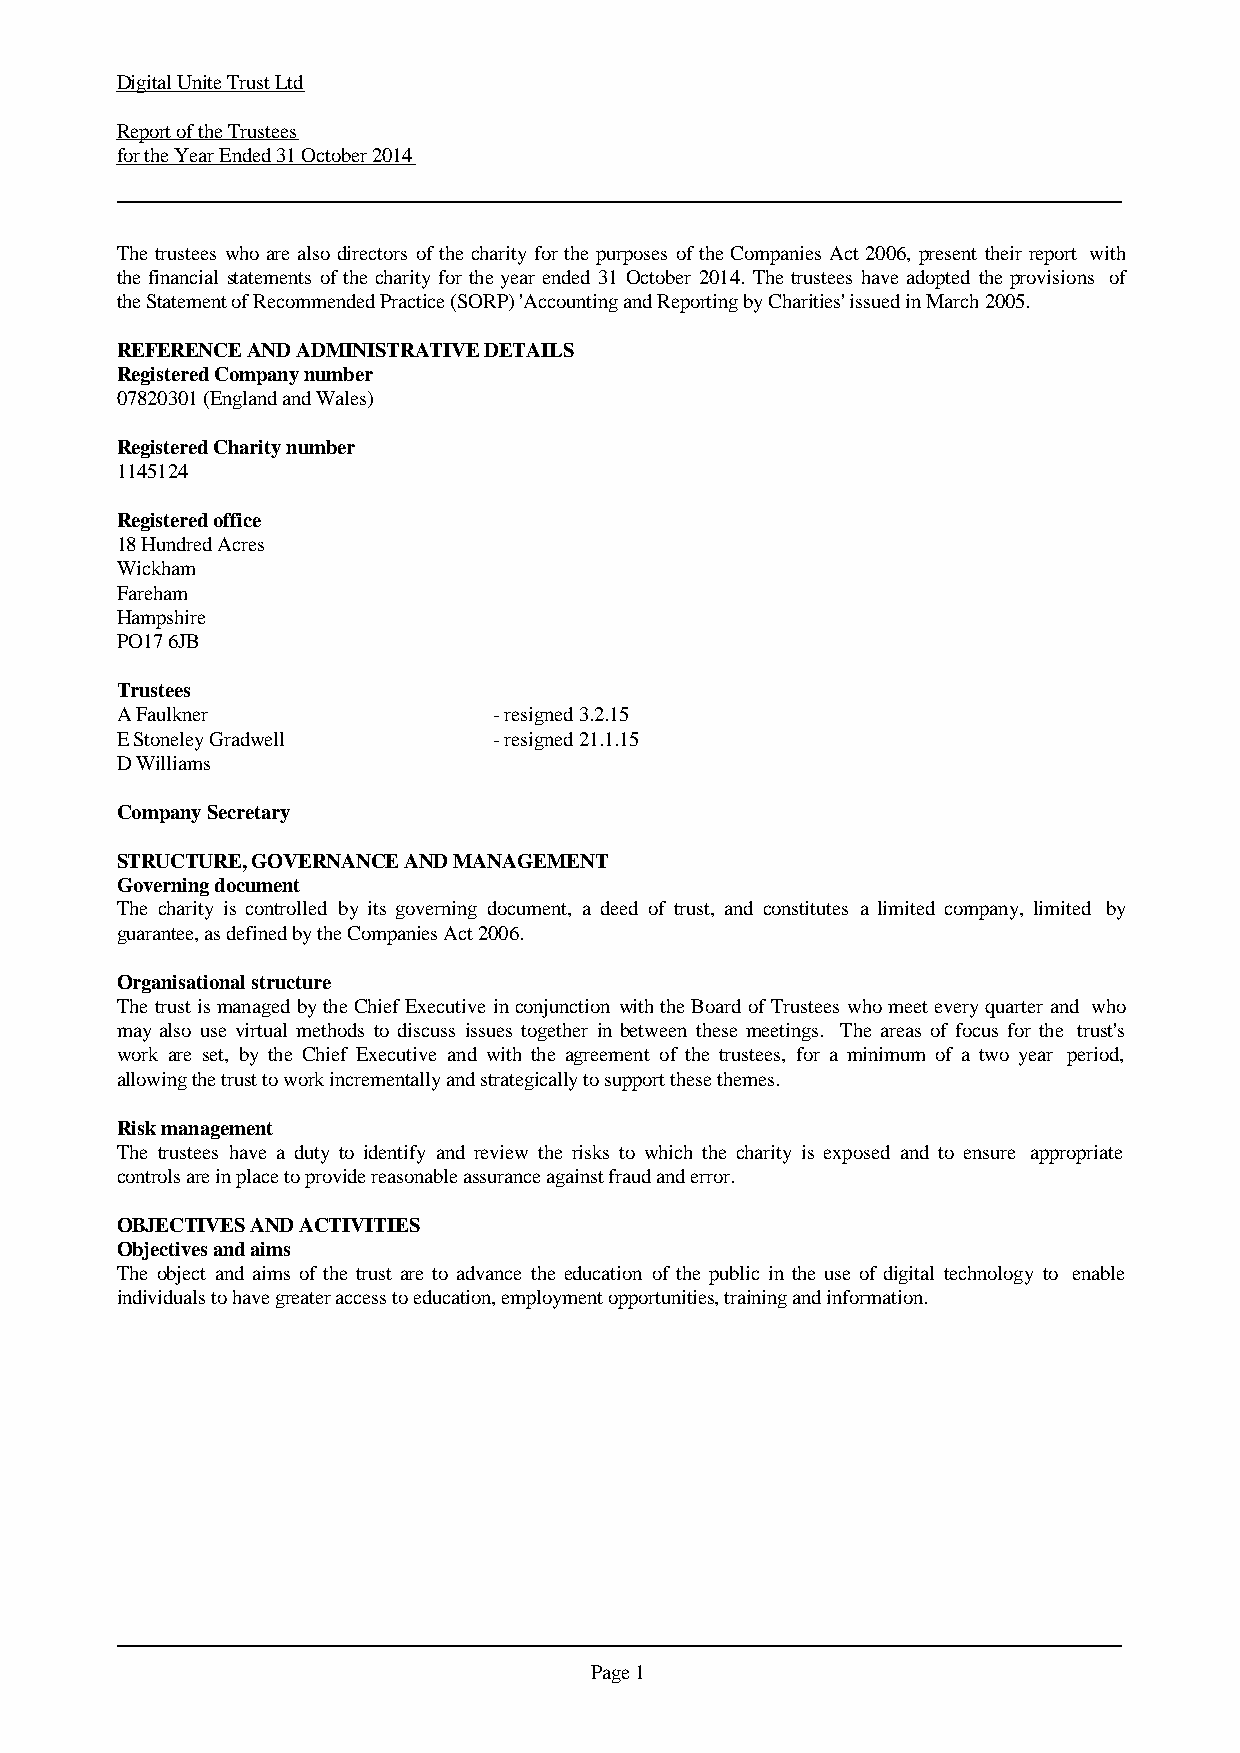
Digital Unite Trust Ltd
 Report of the Trustees
 for the Year Ended 31 October 2014
 The trusteeswhoare alsodirectors ofthecharityforthepurposes oftheCompaniesAct2006, presenttheirreport with
 thefinancialstatementsof thecharityfor theyearended 31 October 2014. The trusteeshaveadopted theprovisions of
 the Statement of Recommended Practice (SORP) 'Accounting and Reporting by Charities' issued in March 2005.
 REFERENCE AND ADMINISTRATIVE DETAILS
 Registered Company number
 07820301 (England and Wales)
 Registered Charity number
 1145124
 Registered office
 18 Hundred Acres
 Wickham
 Fareham
 Hampshire
 PO17 6JB
 Trustees
 A Faulkner               - resigned 3.2.15
 E Stoneley Gradwell      - resigned 21.1.15
 D Williams
 Company Secretary
 STRUCTURE, GOVERNANCE AND MANAGEMENT
 Governing document
 The charity is controlled by its governing document, a deed of trust, and constitutes a limited company, limited by
 guarantee, as defined by the Companies Act 2006.
 Organisational structure
 ThetrustismanagedbytheChiefExecutiveinconjunctionwiththeBoard ofTrusteeswhomeeteveryquarterand who
 may also use virtual methods to discuss issues together in between these meetings. The areas of focus for the trust's
 work are set, by the Chief Executive and with the agreement of the trustees, for a minimum of a two year period,
 allowing the trust to work incrementally and strategically to support these themes.
 Risk management
 The trustees have a duty to identify and review the risks to which the charity is exposed and to ensure appropriate
 controls are in place to provide reasonable assurance against fraud and error.
 OBJECTIVES AND ACTIVITIES
 Objectives and aims
 The object and aims of the trust are to advance the education of the public in the use of digital technology to enable
 individuals to have greater access to education, employment opportunities, training and information.
 Page 1